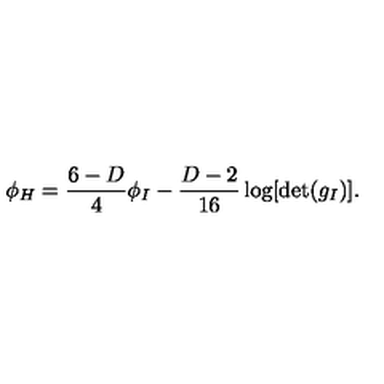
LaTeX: \phi _ { H } = { \frac { 6 - D } { 4 } } \phi _ { I } - { \frac { D - 2 } { 1 6 } } \log [ \det ( g _ { I } ) ] .